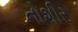
નોશીર